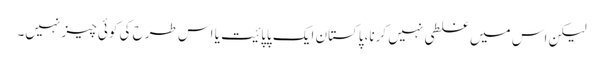
لیکن اس میں غلطی نہیں کرنا،پاکستان ایک پاپائیت یا اس طرح کی کوئی چیز نہیں۔